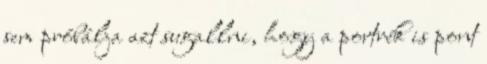
sem próbálja azt sugallni, hogy a portrék is pont